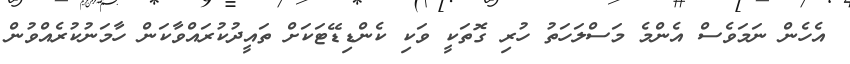
އެހެން ނަމަވެސް އެންމެ މަސްލަހަތު ހުރި ގޮތަކީ ވަކި ކެންޑިޑޭޓަކަށް ތައީދުކުރައްވާކަން ހާމަނުކުރެއްވުން